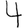
Digit: 4